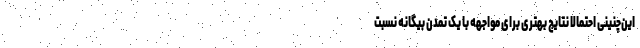
این‌چنینی احتمالاً نتایج بهتری برای مواجهه با یک تمدن بیگانه نسبت